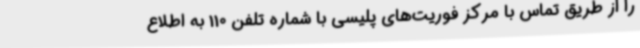
را از طریق تماس با مرکز فوریت‌های پلیسی با شماره تلفن 110 به اطلاع